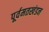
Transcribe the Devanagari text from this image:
पूर्वमतखंडन